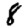
Digit: 8